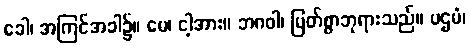
ခေါ၊ အကြင်အခါ၌။ မေ၊ ငါ့အား။ ဘဂဝါ၊ မြတ်စွာဘုရားသည်။ ပဌမံ၊